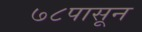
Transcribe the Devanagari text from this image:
७८पासून